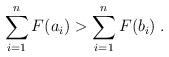
LaTeX: \begin{align*} \sum_{i=1}^n F(a_i) > \sum_{i=1}^n F(b_i) \; . \end{align*}